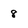
Character: 8